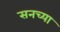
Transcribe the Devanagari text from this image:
सनच्या